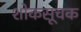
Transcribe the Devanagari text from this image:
शोकसूचक